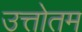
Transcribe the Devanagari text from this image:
उत्तोतम